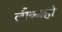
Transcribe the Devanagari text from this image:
लौकाही